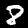
Digit: 8